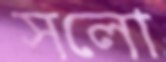
সলো